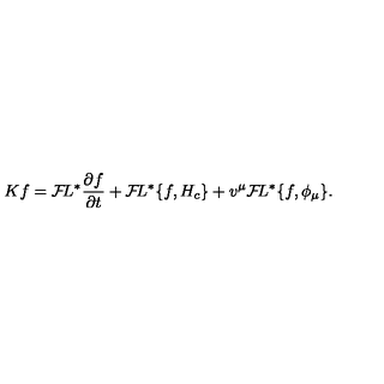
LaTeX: K f = { \cal F } \! L ^ { * } { \frac { \partial f } { \partial t } } + { \cal F } \! L ^ { * } \{ f , H _ { c } \} + v ^ { \mu } { \cal F } \! L ^ { * } \{ f , \phi _ { \mu } \} . \,